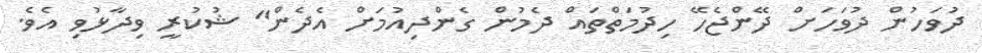
ދުވަހުން ދުވަހަށް ދޭންޖެހޭ ހިދުމަތްތައް ދެމުން ގެންދިއުމަށް އެދެން" ޝުކުރީ ވިދާޅުވި އެވެ.